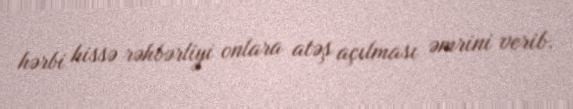
hərbi hissə rəhbərliyi onlara atəş açılması əmrini verib.